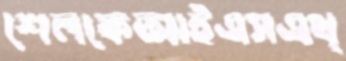
শেলকেআইএসএথ্